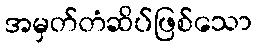
အမှတ်တံဆိပ်ဖြစ်သော